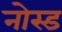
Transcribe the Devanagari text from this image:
नोस्ड